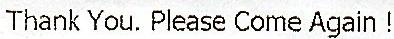
THANK YOU. PLEASE COME AGAIN !